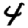
Digit: 4